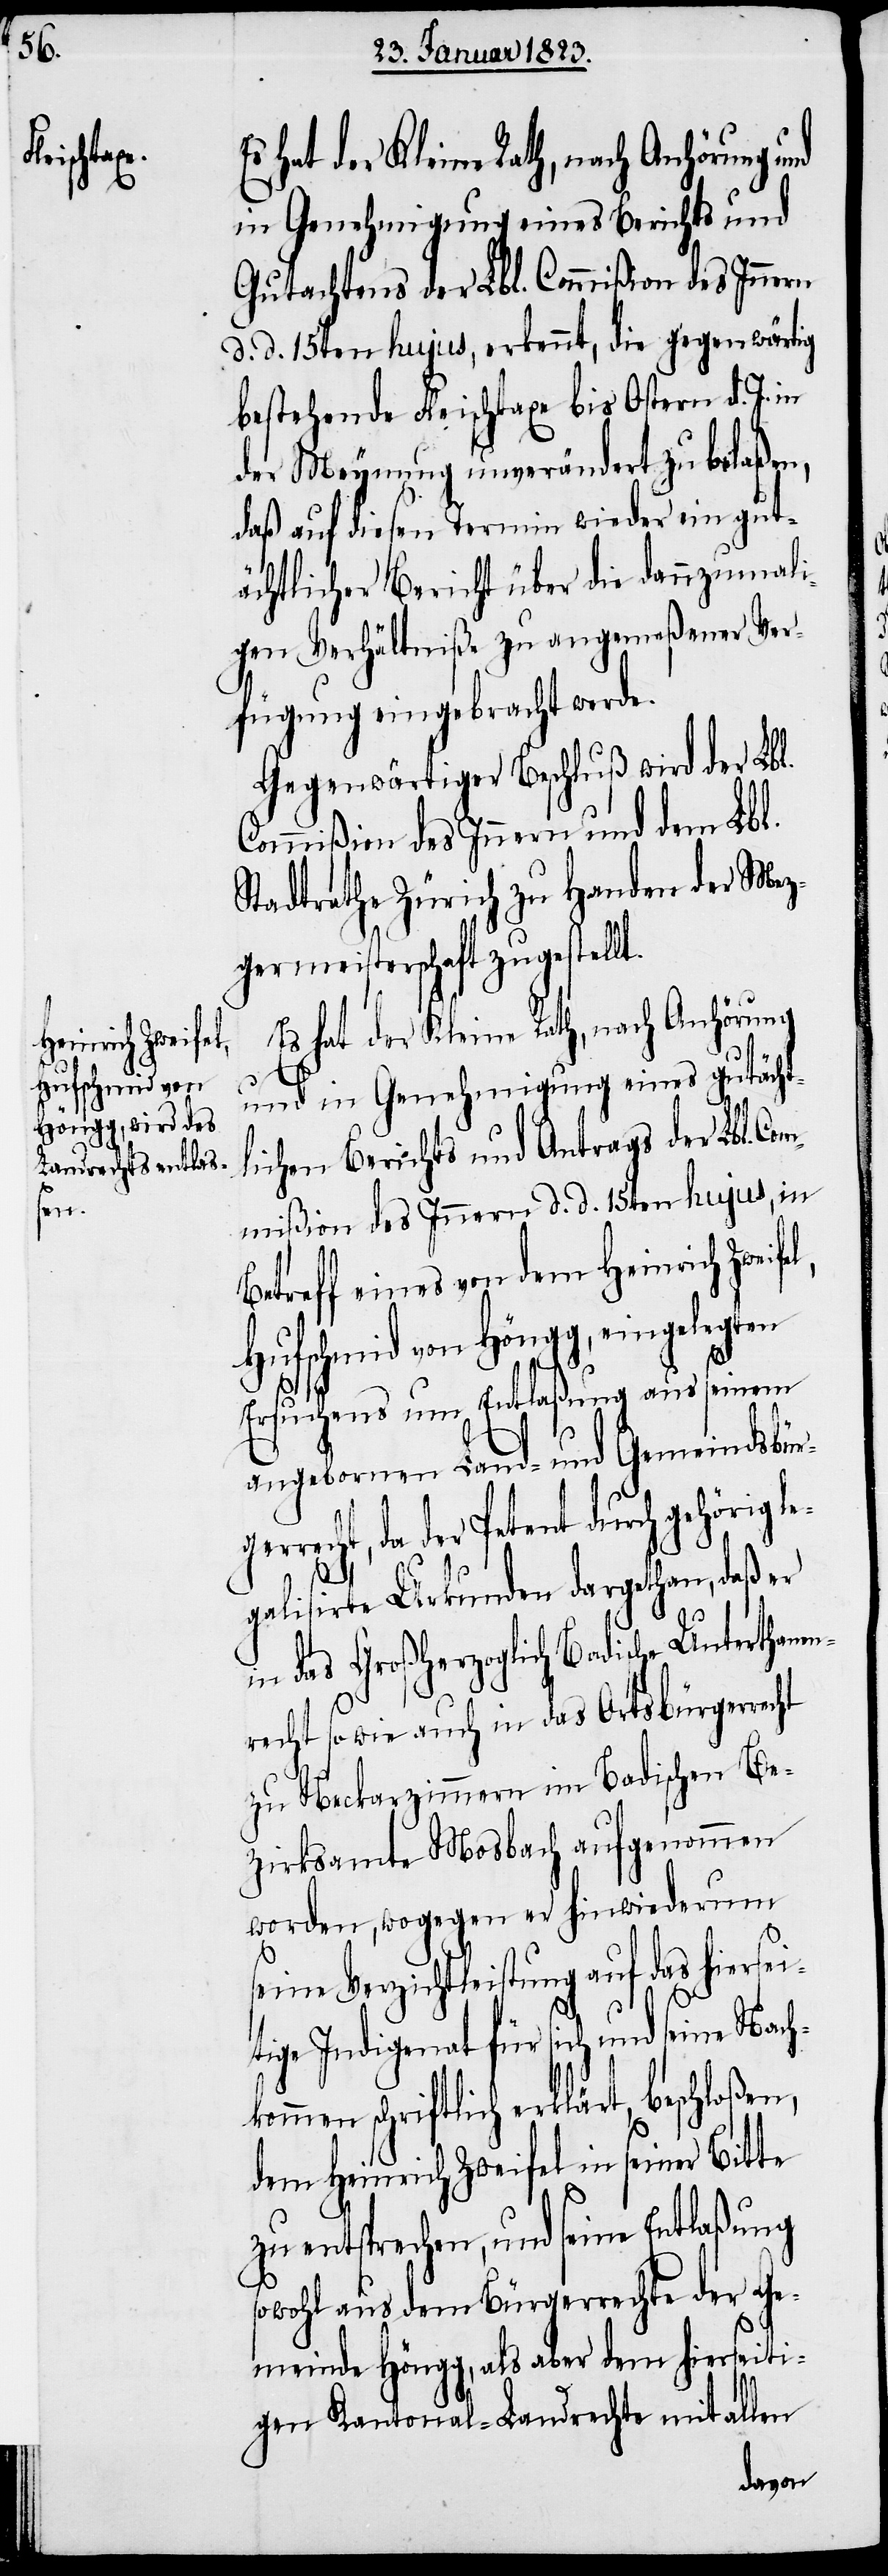
in Genehmigung eines Berichts und
Gutachtens der Lbl. Commißion des Innern
d. d. 15ten hujus, erkennt, die gegenwärtig
bestehende Fleischtaxe bis Ostern d. J. in
der Meynung unverändert zu belaßen,
daß auf diesen Termin wieder ein gut¬
el,
ächtlicher Bericht über die dannzumali¬
gen Verhältniße zu angemeßener Ver¬
fügung eingebracht werde.
Gegenwärtiger Beschluß wird der Lbl.
Commißion des Innern und dem Lbl.
Stadtrathe Zürich zu Handen der Mez¬
germeisterschaft zugestellt.
Es hat der Kleine Rath, nach Anhörung
und in Genehmigung eines gutächt¬
lichen Berichts und Antrags der Lbl. Com¬
mißion des Innern d. d. 15ten hujus, in
Betreff eines von dem Heinrich Zweif¬
Hufschmid von Höngg, eingelegten
Ersuchens um Entlaßung aus seinem
angebornen Land- und Gemeindsbürg¬
errecht, da der Petent durch gehörig l¬
egalisirte Urkunden dargethan, daß
in das Großherzoglich Badische Unterthanen¬
recht sowie auch in das Ortsbürgerrecht
zu Neckarzimmern im Badischen Be¬
zirksamte Mosbach aufgenommen
worden, wogegen er hinwiederum
seine Verzichtleistung auf das hiersei¬
tige Indigenat für sich und seine Nach¬
kommen schriftlich erklärt, beschloßen,
dem Heinrich Zweifel in seiner Bitte
zu entsprechen, und seine Entlaßung
sowohl aus dem Bürgerrechte der Ge¬
meinde Höngg, als aber dem hierseiti¬
gen Kantonal-Landrechte mit allen